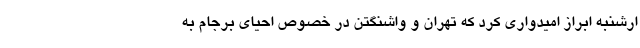
ارشنبه ابراز امیدواری کرد که تهران و واشنگتن در خصوص احیای برجام به